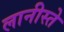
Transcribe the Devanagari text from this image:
लानीस्ते